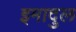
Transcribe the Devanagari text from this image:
इमादुल